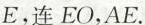
E，连EO，AE。